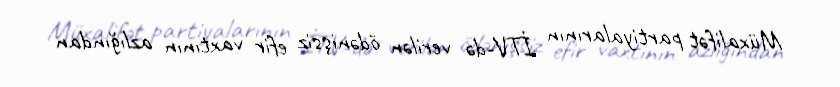
Müxalifət partiyalarının İTV-də verilən ödənişsiz efir vaxtının azlığından